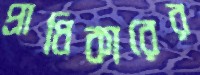
প্রাধিকারের